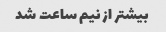
بیشتر از نیم ساعت شد